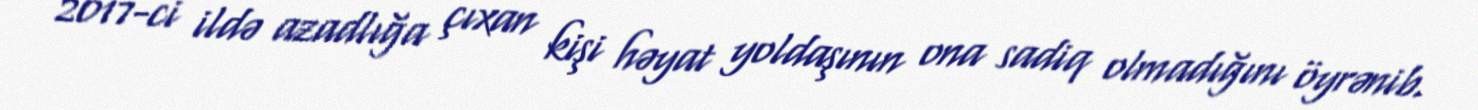
2017-ci ildə azadlığa çıxan kişi həyat yoldaşının ona sadiq olmadığını öyrənib.